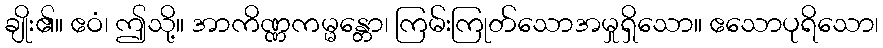
ချိုး၏။ ဧဝံ၊ ဤသို့။ အာကိဏ္ဏကမ္မန္တော၊ ကြမ်းကြုတ်သောအမှုရှိသော။ ဧသောပုရိသော၊